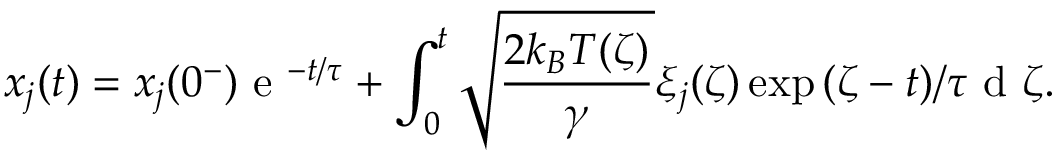
x _ { j } ( t ) = x _ { j } ( 0 ^ { - } ) \textrm { e } ^ { - t / \tau } + \int _ { 0 } ^ { t } \sqrt { \frac { 2 k _ { B } T ( \zeta ) } { \gamma } } \xi _ { j } ( \zeta ) \exp { ( \zeta - t ) / \tau } \textrm { d } \zeta .